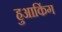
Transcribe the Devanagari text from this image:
हुआकिंग